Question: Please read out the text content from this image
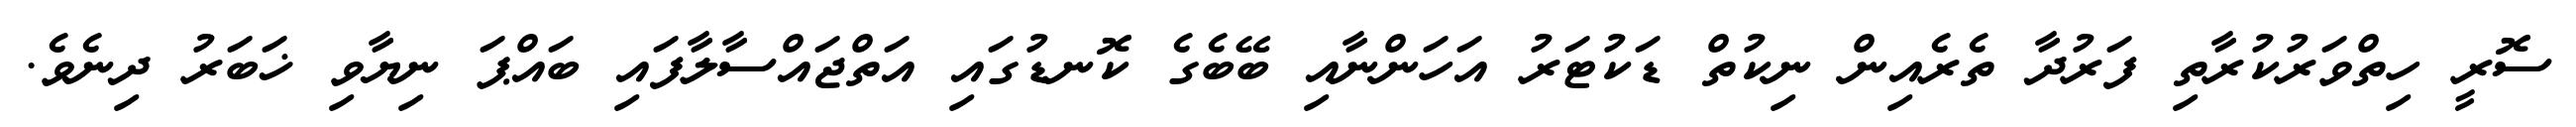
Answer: ސޮރީ ހިތްވަރުކުރާތި ފަރުދާ ތެރެއިން ނިކުތް ޑަކުޓަރު އަހަންނާއި ބޭބެގެ ކޮނޑުގައި އަތްޖައްސާލާފައި ބައްޕަ ނިޔާވި ޚަބަރު ދިނެވެ.